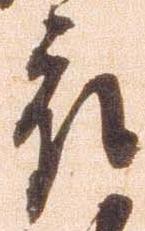
被